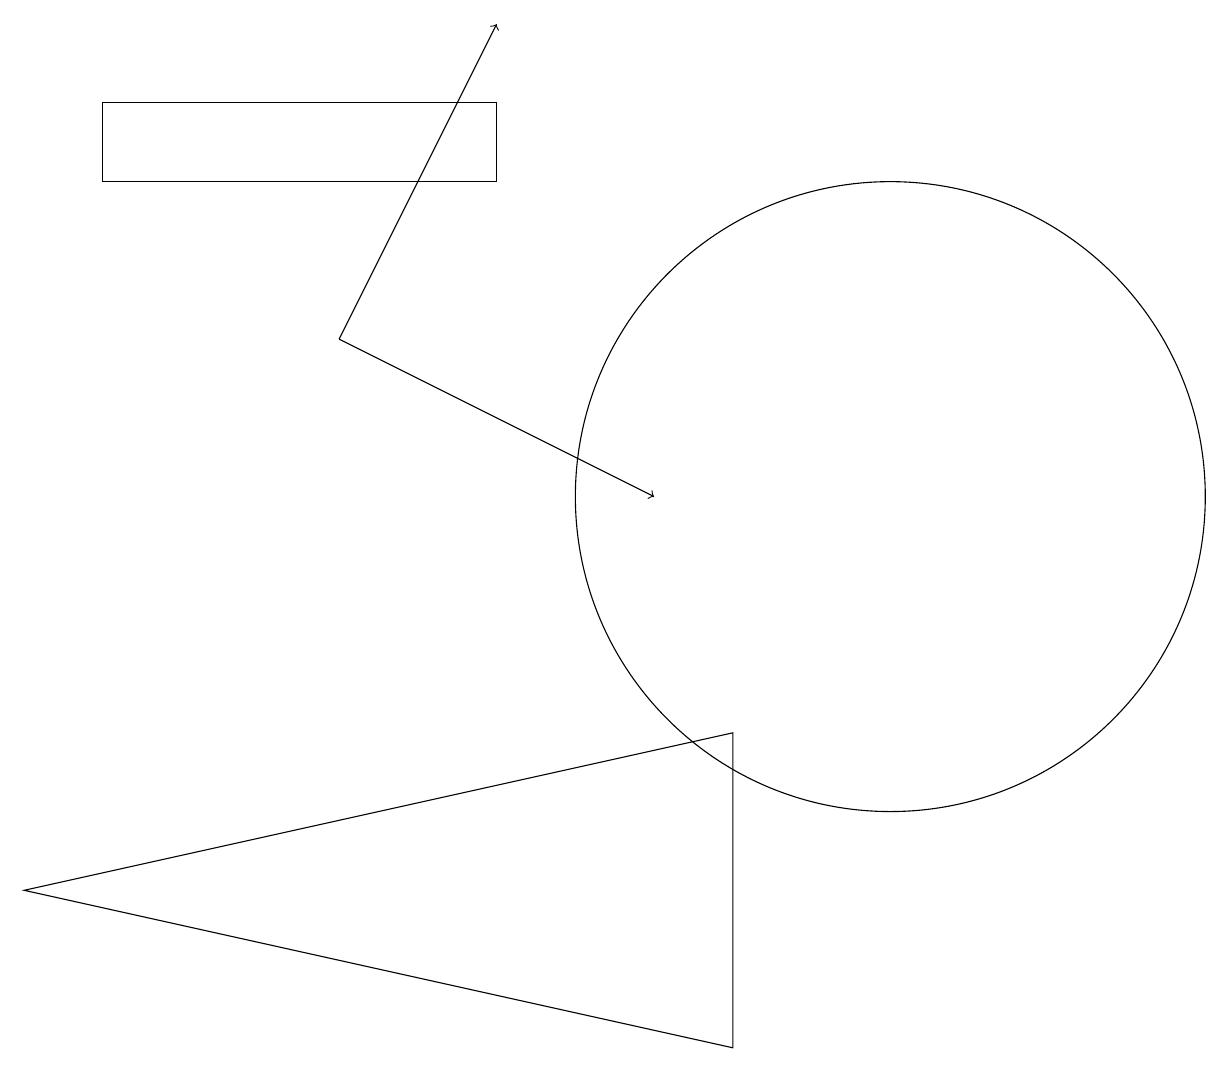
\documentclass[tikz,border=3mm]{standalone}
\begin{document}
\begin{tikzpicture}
\draw[->] (4,14) -- (8,12);
\draw (9,9) -- (0,7) -- (9,5) -- cycle;
\draw (11,12) circle (4);
\draw (6,16) rectangle (1,17);
\draw[->] (4,14) -- (6,18);
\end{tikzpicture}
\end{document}